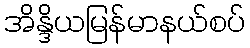
အိန္ဒိယမြန်မာနယ်စပ်